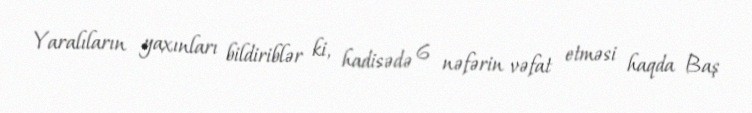
Yaralıların yaxınları bildiriblər ki, hadisədə 6 nəfərin vəfat etməsi haqda Baş